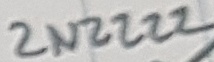
Text: 2N2222